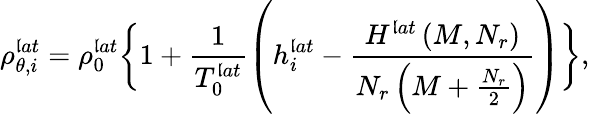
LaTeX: \rho_{\theta,i}^{\mathfrak{l}at}=\rho_{0}^{\mathfrak{l}at}\bigg\{ 1+\frac{{1}}{{T_{0}^{\mathfrak{l}at}}}\left(h_{i}^{\mathfrak{l}at}-\frac{{H^{\mathfrak{l}at}\left(M,N_{r}\right)}}{{N_{r}\left(M+\frac{{N_{r}}}{{2}}\right)}}\right)\bigg\} ,